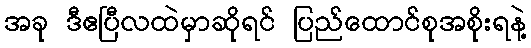
အခု ဒီဧပြီလထဲမှာဆိုရင် ပြည်ထောင်စုအစိုးရနဲ့